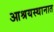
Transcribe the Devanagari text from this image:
आश्रयस्थानात